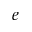
e